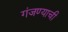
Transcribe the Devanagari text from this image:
गंजण्याची